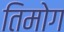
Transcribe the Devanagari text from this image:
तिमोग